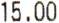
15.00